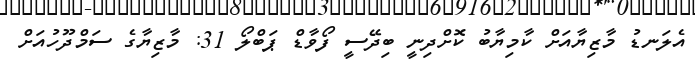
އެލަނޑު މާޒިޔާއަށް ކާމިޔާބު ކޮށްދިނީ ބިދޭސީ ފޯވާޑް ޕަބްލޯ 31: މާޒިޔާގެ ސަމްދޫހުއަށް